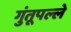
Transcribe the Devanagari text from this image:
गुंतूपल्ले